DOW-UAP-D48, Department of the Air Force Report, 1996
Agency: Department of War
Incident date: 9/10/96
Page 50
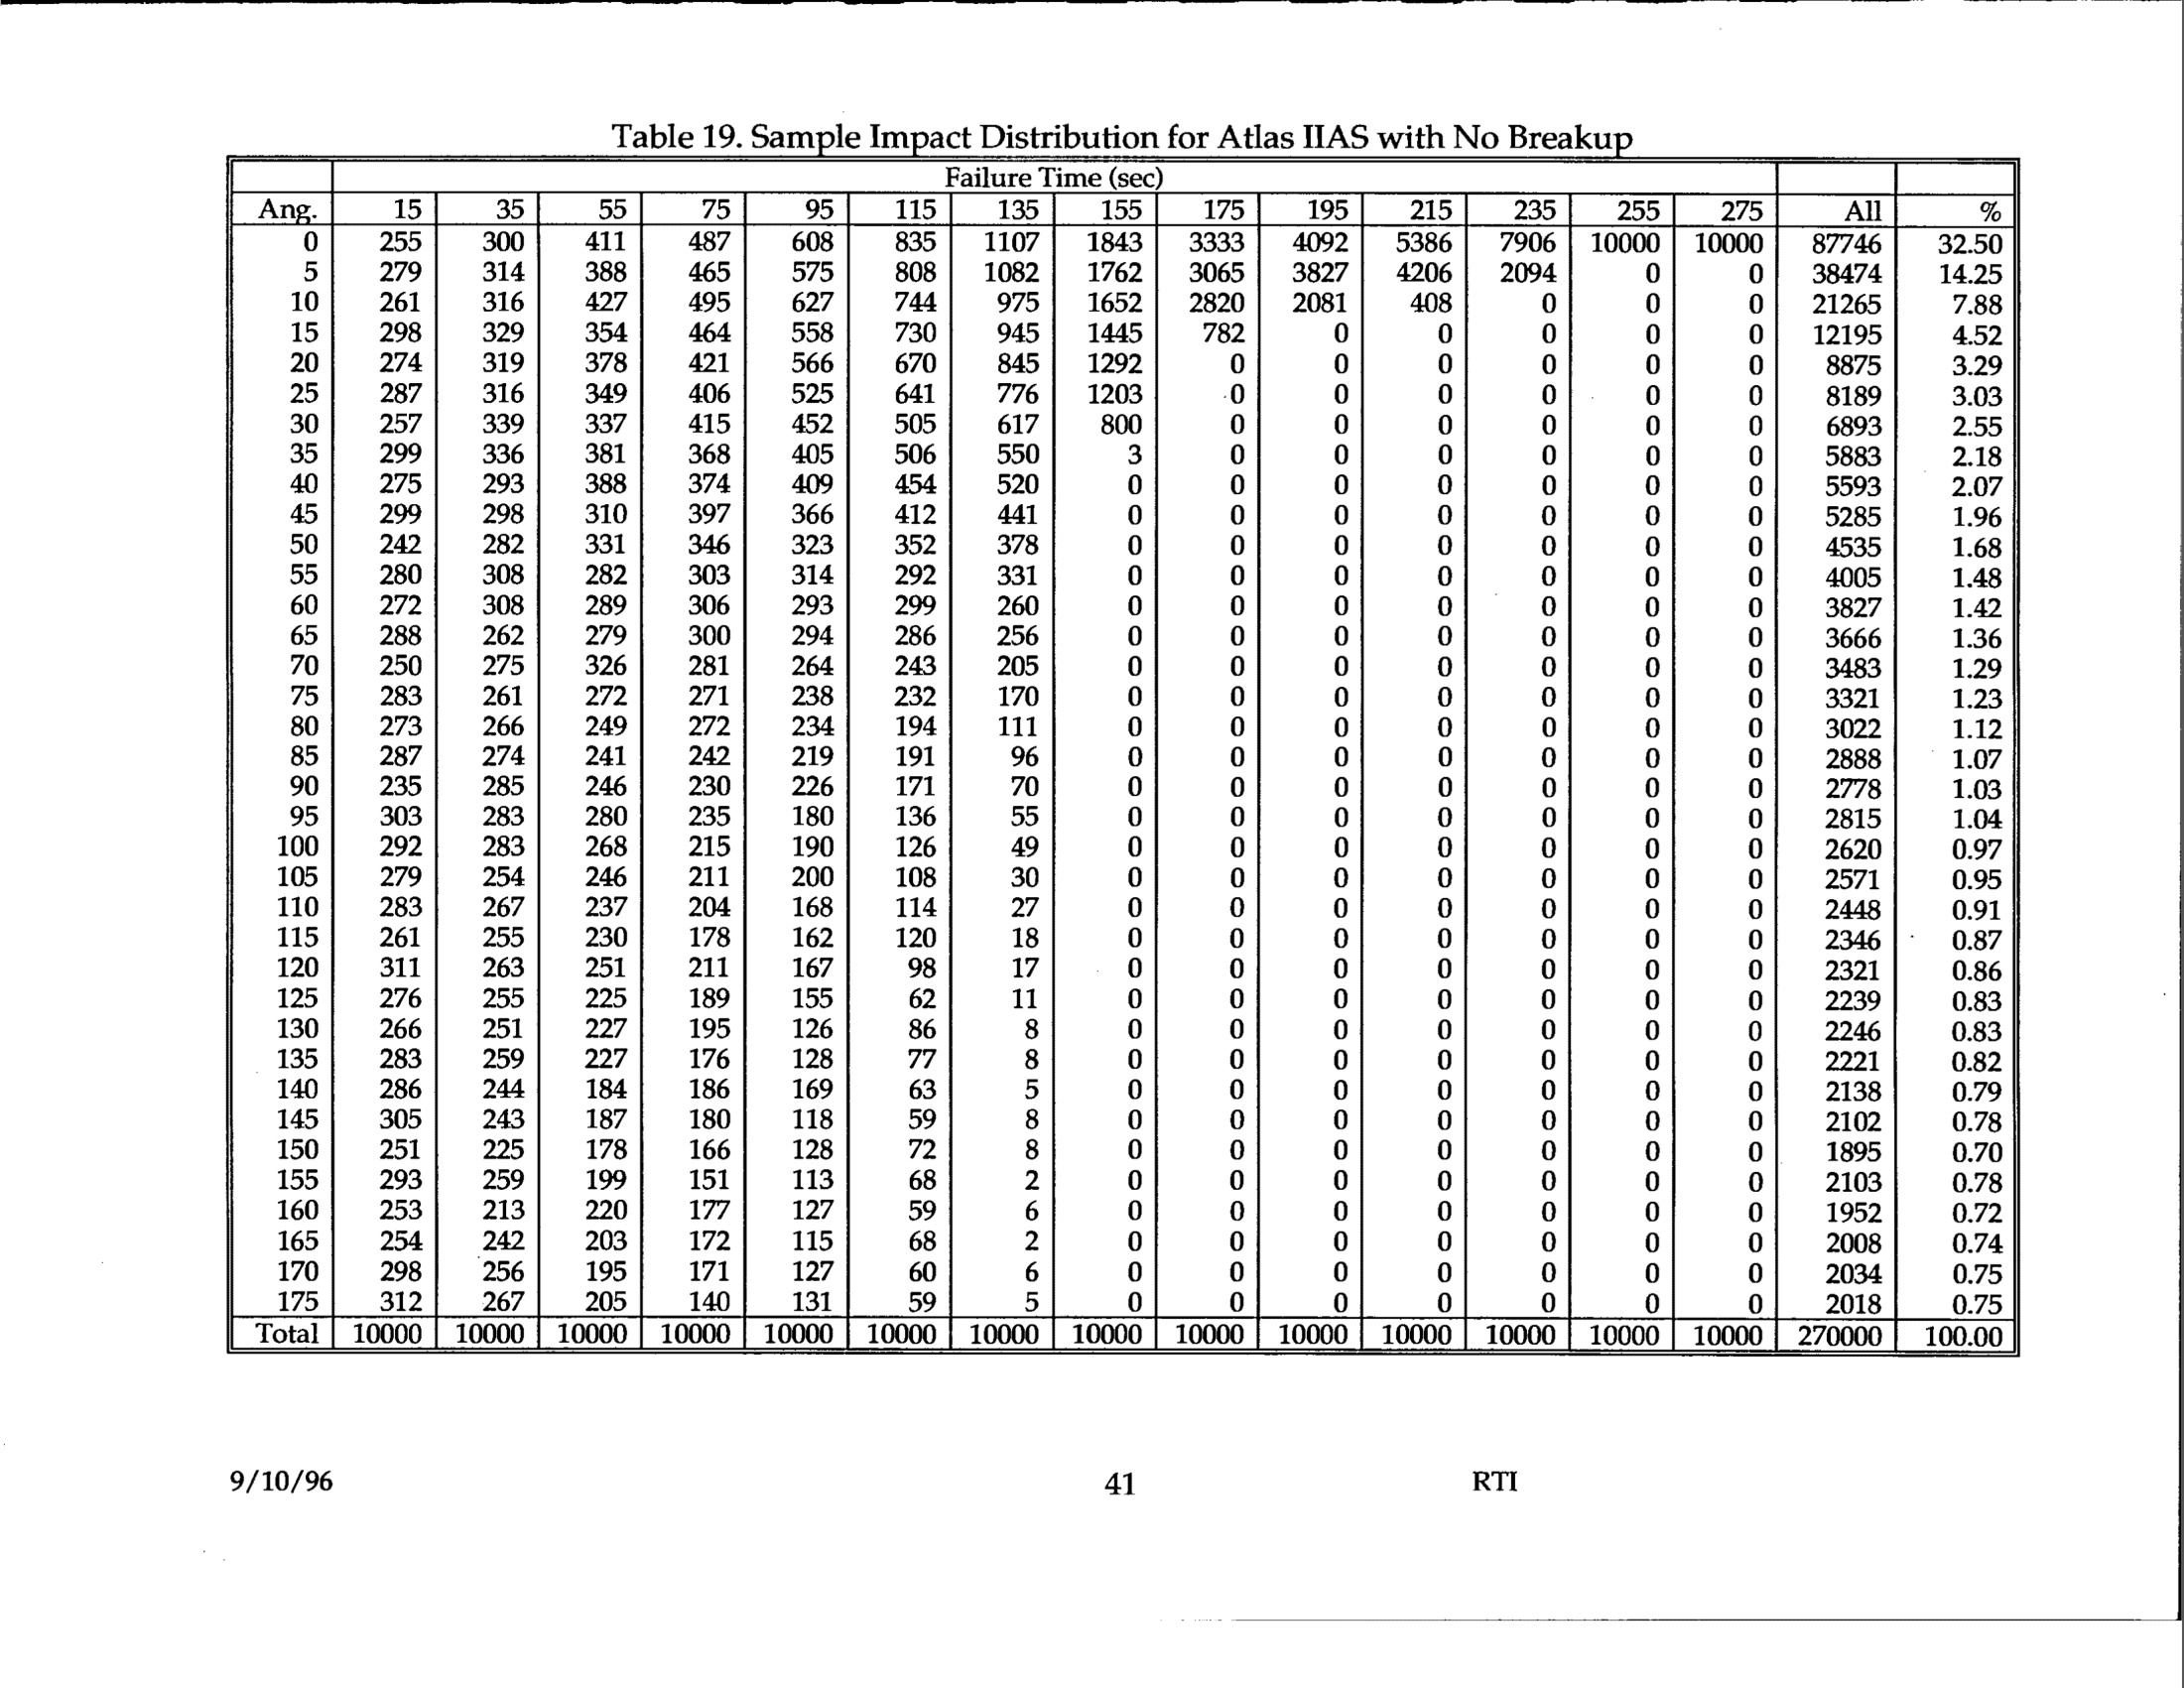